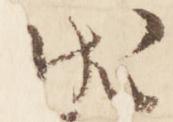
状